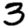
Digit: 3